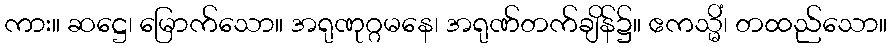
ကား။ ဆဋ္ဌေ၊ မြောက်သော။ အရုဏုဂ္ဂမနေ၊ အရုဏ်တက်ချိန်၌။ ဧကသ္မိံ၊ တထည်သော။